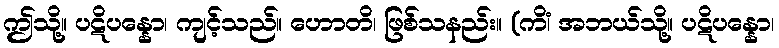
ဤသို့။ ပဋိပန္နော၊ ကျင့်သည်။ ဟောတိ၊ ဖြစ်သနည်း။ (ကိံ၊ အဘယ်သို့။ ပဋိပန္နော၊